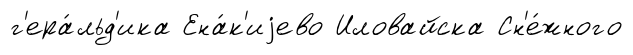
г'ера́льд'ика Ена́к'иjево Иловайска Сн'е́жного